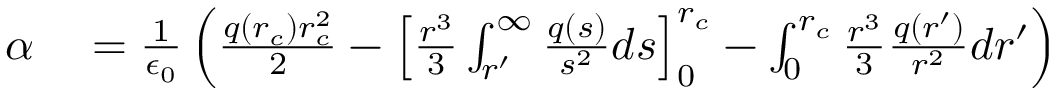
\begin{array} { r l } { \alpha } & { { } = \frac { 1 } { \epsilon _ { 0 } } \left( \frac { q ( r _ { c } ) r _ { c } ^ { 2 } } { 2 } - \left[ \frac { r ^ { 3 } } { 3 } \int _ { r ^ { \prime } } ^ { \infty } \frac { q ( s ) } { s ^ { 2 } } d s \right] _ { 0 } ^ { r _ { c } } - \int _ { 0 } ^ { r _ { c } } \frac { r ^ { 3 } } { 3 } \frac { q ( r ^ { \prime } ) } { r ^ { 2 } } d r ^ { \prime } \right) } \end{array}